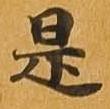
是